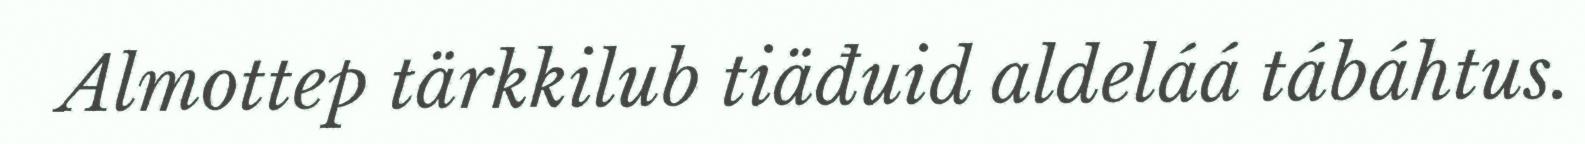
Almottep tärkkilub tiäđuid aldeláá tábáhtus.